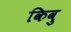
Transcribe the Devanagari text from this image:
किवु